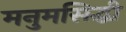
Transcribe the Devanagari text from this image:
मनुमसिद्धी